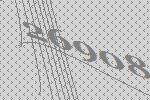
26908